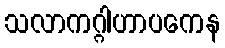
သလာကဂ္ဂါဟာပကေန